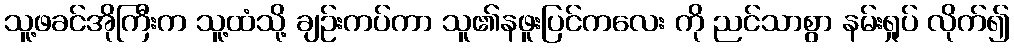
သူ့ဖခင်အိုကြီးက သူ့ထံသို့ ချဉ်းကပ်ကာ သူ၏နဖူးပြင်ကလေး ကို ညင်သာစွာ နမ်းရှုပ် လိုက်၍